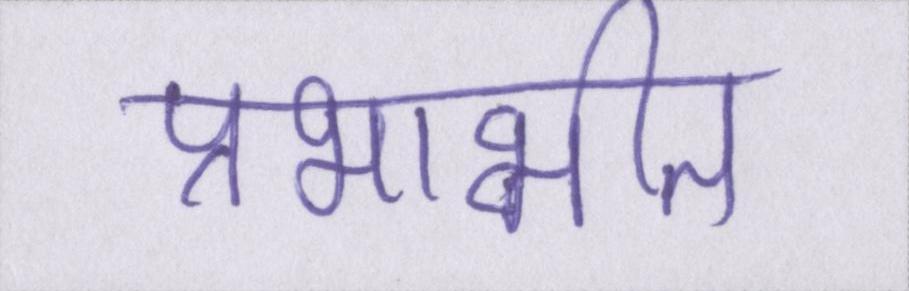
प्रभाभीत